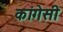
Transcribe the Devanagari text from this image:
कांगेसी